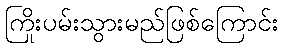
ကြိုးပမ်းသွားမည်ဖြစ်ကြောင်း